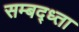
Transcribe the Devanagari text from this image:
सम्बद्ध्ता